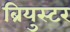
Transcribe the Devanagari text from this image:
ब्रियुस्टर